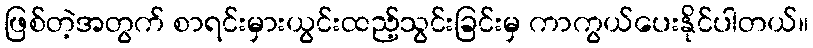
ဖြစ်တဲ့အတွက် စာရင်းမှားယွင်းထည့်သွင်းခြင်းမှ ကာကွယ်ပေးနိုင်ပါတယ်။